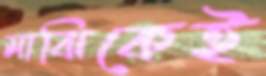
মাঝিকেই